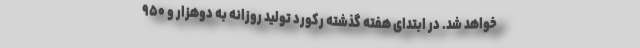
خواهد شد. در ابتدای هفته گذشته رکورد تولید روزانه به دوهزار و ۹۵۰